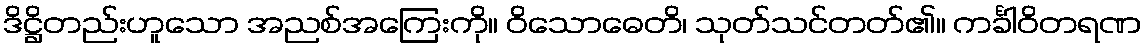
ဒိဋ္ဌိတည်းဟူသော အညစ်အကြေးကို။ ဝိသောဓေတိ၊ သုတ်သင်တတ်၏။ ကင်္ခါဝိတရဏ